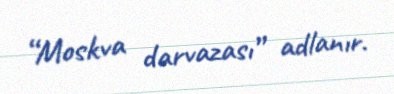
“Moskva darvazası” adlanır.